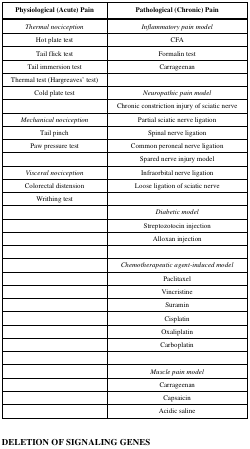
| Physiological (Acute) Pain | Pathological (Chronic) Pain |
 | --- | --- |
 | Thermal nociception | Inflammatory pain model |
 | Hot plate test | CFA |
 | Tail flick test | Formalin test |
 | Tail immersion test | Carrageenan |
 | Thermal test (Hargreaves’ test) |  |
 | Cold plate test | Neuropathic pain model |
 |  | Chronic constriction injury of sciatic nerve |
 | Mechanical nociception | Partial sciatic nerve ligation |
 | Tail pinch | Spinal nerve ligation |
 | Paw pressure test | Common peroneal nerve ligation |
 |  | Spared nerve injury model |
 | Visceral nociception | Infraorbital nerve ligation |
 | Colorectal distension | Loose ligation of sciatic nerve |
 | Writhing test |  |
 |  | Diabetic model |
 |  | Streptozotocin injection |
 |  | Alloxan injection |
 |  | Chemotherapeutic agent-induced model |
 |  | Paclitaxel |
 |  | Vincristine |
 |  | Suramin |
 |  | Cisplatin |
 |  | Oxaliplatin |
 |  | Carboplatin |
 |  | Muscle pain model |
 |  | Carrageenan |
 |  | Capsaicin |
 |  | Acidic saline |